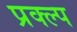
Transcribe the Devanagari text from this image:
प्रक्ल्प